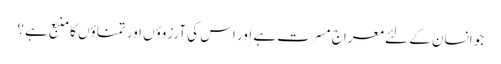
جو انسان کے لئے معراج مسرت ہے اور اس کی آرزوؤں اور تمناؤں کا منبع ہے؟